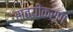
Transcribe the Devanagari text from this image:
सत्यीकरण